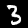
Label: 3